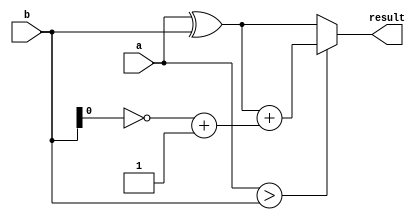
module subtractor(input [3:0] a,b,
                   output reg [3:0] result);


// internal wires
wire [3:0] diff;
wire carry, invert_b;

// xor gates for subtraction
assign diff = a ^ b;

// invert_b is the 2's complement of b
assign invert_b = ~b + 1;

// carry-out of sum is inverted xor of a and b
assign carry = a > b;

// final result is diff when carry-out is 0,
// and diff - 1 when carry-out is 1
always @(*) begin
    if (carry)
        result = diff + invert_b;
    else
        result = diff;
end

endmodule